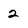
Character: 2